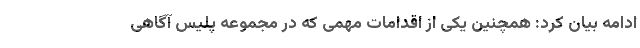
ادامه بیان کرد: همچنین یکی از اقدامات مهمی که در مجموعه پلیس آگاهی